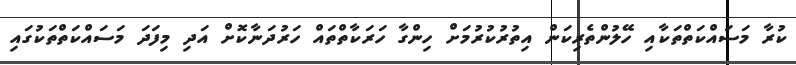
ކުރާ މަސައްކަތްތަކާއި ހޭލުންތެރިކަން އިތުރުކުރުމަށް ހިންގާ ހަރަކާތްތައް ހަރުދަނާކޮށް އަދި މިފަދަ މަސައްކަތްތަކުގައި